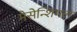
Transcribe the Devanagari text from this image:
मेसेन्शिमल